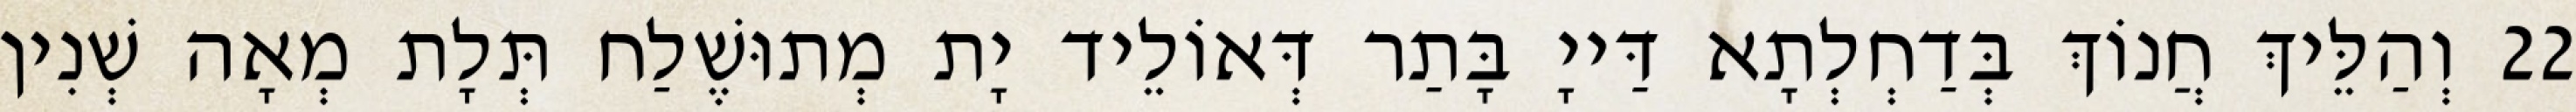
22 וְהַלֵּיךְ חֲנוֹךְ בְּדַחְלְתָא דַּייָ בָּתַר דְּאוֹלֵיד יָת מְתוּשֶׁלַח תְּלָת מְאָה שְׁנִין